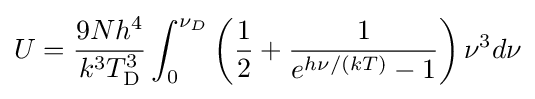
U={\frac {9Nh^{4}}{k^{3}T_{\rm {D}}^{3}}}\int _{0}^{\nu _{D}}\left({\frac {1}{2}}+{\frac {1}{e^{h\nu /(kT)}-1}}\right)\nu ^{3}d\nu